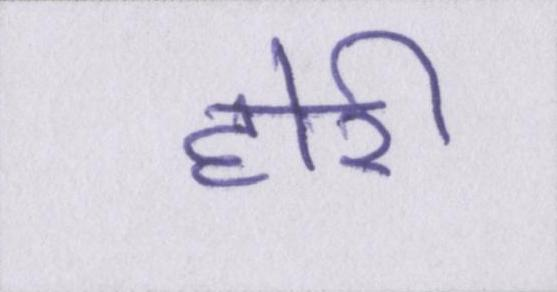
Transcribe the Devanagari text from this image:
होरी